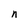
Character: n